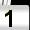
Digit: 1